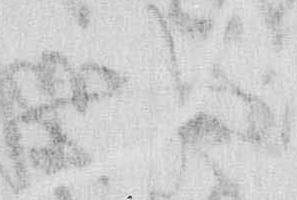
や